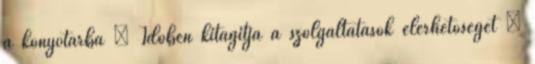
a könyvtárba  Időben kitágítja a szolgáltatások elérhetőségét 